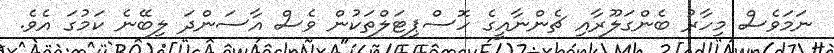
ނަމަވެސް މިހާރު ބެންގަލޫރާއި ޗެންނާއީގެ ހޮސްޕިޓަލްތަކުން ވެސް އާސަންދަ ލިބޭނެ ކަމުގަ އެވެ.